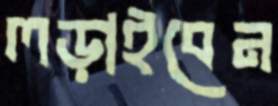
লড়াইবেন